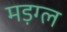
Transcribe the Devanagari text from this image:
मड़ग्ल